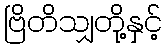
ဗြိတိသျှတို့နှင့်